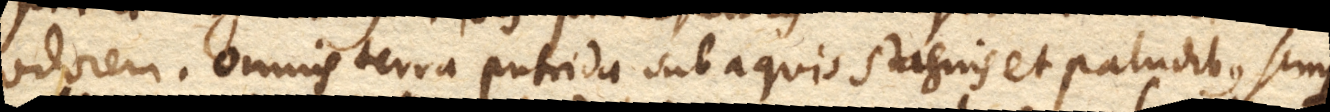
odorem. Omnis terra putrida sub aquis stagnis et paludibus semper